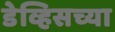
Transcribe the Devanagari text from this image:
डेव्हिसच्या